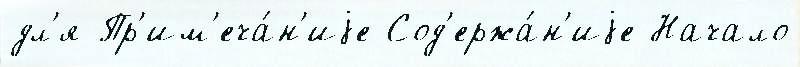
дл'я Пр'им'еча́н'иjе Сод'ержа́н'иjе Начало